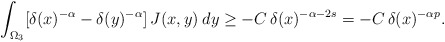
\begin{align*}\int_{\Omega_3}[\delta(x)^{-\alpha}-\delta(y)^{-\alpha}]\,J(x,y)\:dy\geq -C\,\delta(x)^{-\alpha-2s}=-C\,\delta(x)^{-\alpha p}.\end{align*}